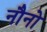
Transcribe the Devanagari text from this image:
नौनो